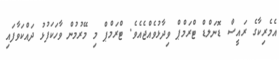
އެމެރިކާގެ ރައީސް ޑޮނަލްޑް ޓްރަމްޕް ވިދާޅުވެއްޖެއެވެ. ޓްރަމްޕް މި މޭރުމުން ވާހަކަފުޅު ދައްކަވާފައި